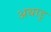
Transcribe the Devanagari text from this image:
अथाडु